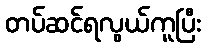
တပ်ဆင်ရလွယ်ကူပြီး